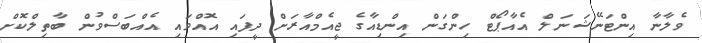
ވެލާނާ އިންޓަނޭޝަނަލް އެއާޕޯޓް ހިންގަން އިންޑިއާގެ ޖީއެމްއާރަށް ދީފައި އޮއްވައި އެއްބަސްވުން ބާތިލްކޮށް